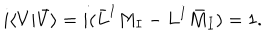
i \langle V | \bar { V } \rangle = i ( \bar { L } ^ { I } M _ { I } - L ^ { I } \bar { M } _ { I } ) = 1 .